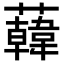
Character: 𧃙